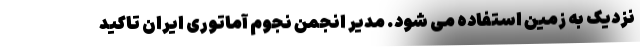
نزدیک به زمین استفاده می شود. مدیر انجمن نجوم آماتوری ایران تاکید